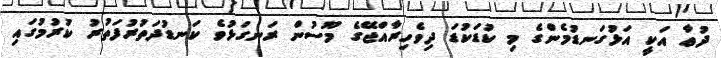
ދުޢާ އަކީ އަޅުގަނޑުމެންގެ މި ކުޑަކުޑަ ދިވެހިރާއްޖޭގެ މޫސުން ރަނގަޅުވެ ކަނޑުދަތުރުފަތުރު ކުރުމުގައި